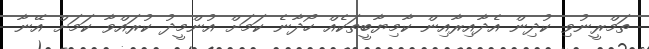
ތަމްރީނުވި ކުދިން އެދާއިރާއިން ކާމިޔާބީތަކެއް ހޯދާނެ ކަމަށް އުންމީދު ކުރައްވާ ކަމަށް އޭނާ